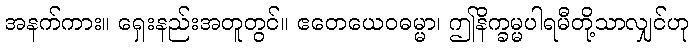
အနက်ကား။ ရှေးနည်းအတူတွင်။ ဧတေယေဝဓမ္မာ၊ ဤနိက္ခမ္မပါရမီတို့သာလျှင်ဟု